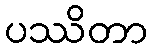
ပဿိတာ